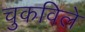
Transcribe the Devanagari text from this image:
चुकविले